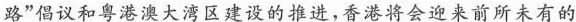
路”倡议和粤港澳大湾区建设的推进，香港将会迎来前所未有的